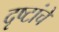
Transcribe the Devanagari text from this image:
दृष्टांचे